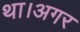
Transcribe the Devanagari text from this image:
था।अगर